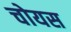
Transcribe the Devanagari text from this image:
चोयस